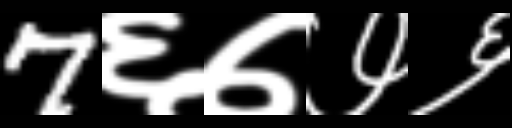
Text: 7६७७६